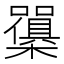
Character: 𭬫